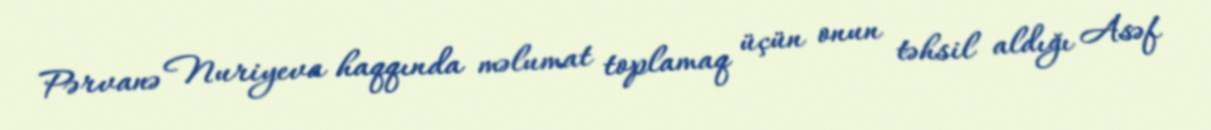
Pərvanə Nuriyeva haqqında məlumat toplamaq üçün onun təhsil aldığı Asəf